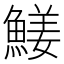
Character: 𩹖